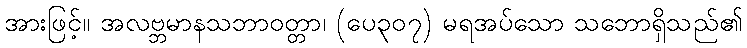
အားဖြင့်။ အလဗ္ဘမာနသဘာဝတ္တာ၊ (ပေ၃၀၇) မရအပ်သော သဘောရှိသည်၏